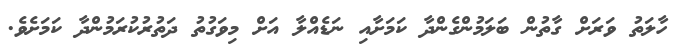
ހާލަތު ވަރަށް ގާތުން ބަލަމުންގެންދާ ކަމަށާއި ނަޑެއްލާ އަށް މިވަގުތު ދަތުރުކުރަމުންދާ ކަމަށެވެ.